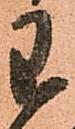
わ